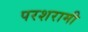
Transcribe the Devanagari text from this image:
परशरामी